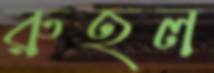
রুহল